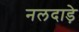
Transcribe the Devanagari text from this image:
नलदाड़े